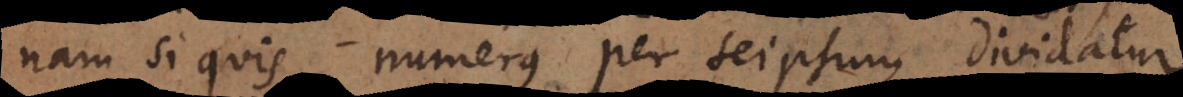
nam si quis numerus per seipsum dividatur